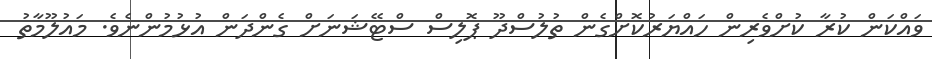
ވައްކަން ކުރާ ކުށްވެރިން ހައްޔަރުކޮށްގެން ތުލުސްދޫ ޕޮލިސް ސްޓޭޝަނަށް ގެންދަން އުޅުމުންނެވެ. މައުލޫމާތު